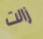
زالت